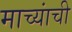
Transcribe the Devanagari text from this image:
माच्यांची